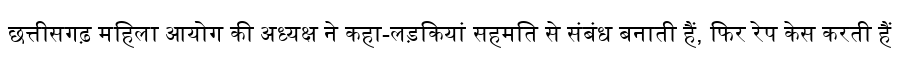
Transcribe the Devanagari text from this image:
छत्तीसगढ़ महिला आयोग की अध्यक्ष ने कहा-लड़कियां सहमति से संबंध बनाती हैं, फिर रेप केस करती हैं